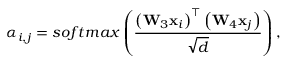
\alpha _ { i , j } = { s o f t m a x } \left( \frac { \left( \mathbf { W } _ { 3 } \mathbf { x } _ { i } \right) ^ { \top } \left( \mathbf { W } _ { 4 } \mathbf { x } _ { j } \right) } { \sqrt { d } } \right) ,